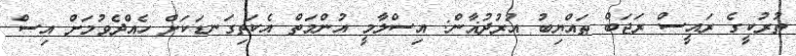
ތުރުކީގެ ރައީސް ރަޖަބް ޠައްޔިބު އުރުދުޣާން: އިސްލާމީ އުންމަތް އެކަތިގަނޑަކަށް ހެއްދެވުމަށް އިސް